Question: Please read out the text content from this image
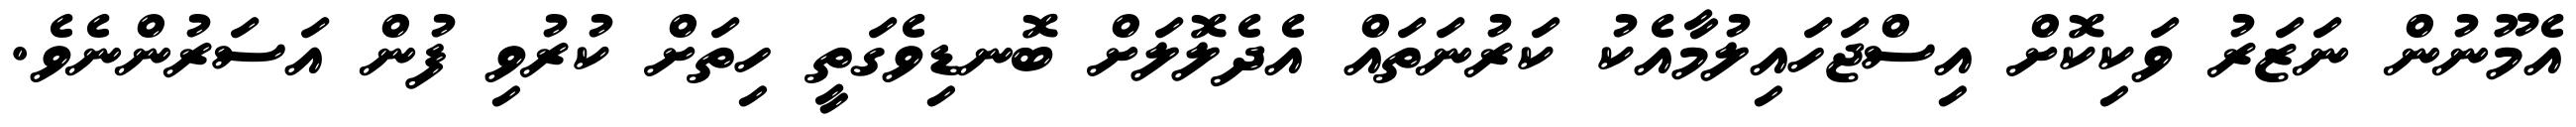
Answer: އެމޫނުން ނަޒަރު ވަކިކޮށް އިސްޖަހައިލުމާއެކު ކަރުނަތައް އެދެލޮލަށް ބޮނޑިވެގަތީ ހިތަށް ކުރުވި ފުން އަސަރުންނެވެ.